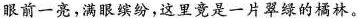
眼前一亮，满眼缤纷，这里竟是一片翠绿的橘林